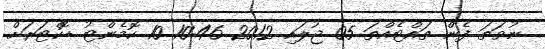
ނުވަތަ ފެން ތައްޓެއްތަ 05 ޖުލައި 2012 10:46 10 ކޮމެންޓު ޑޮކްޓަރަށް